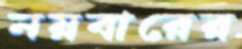
নয়বারের